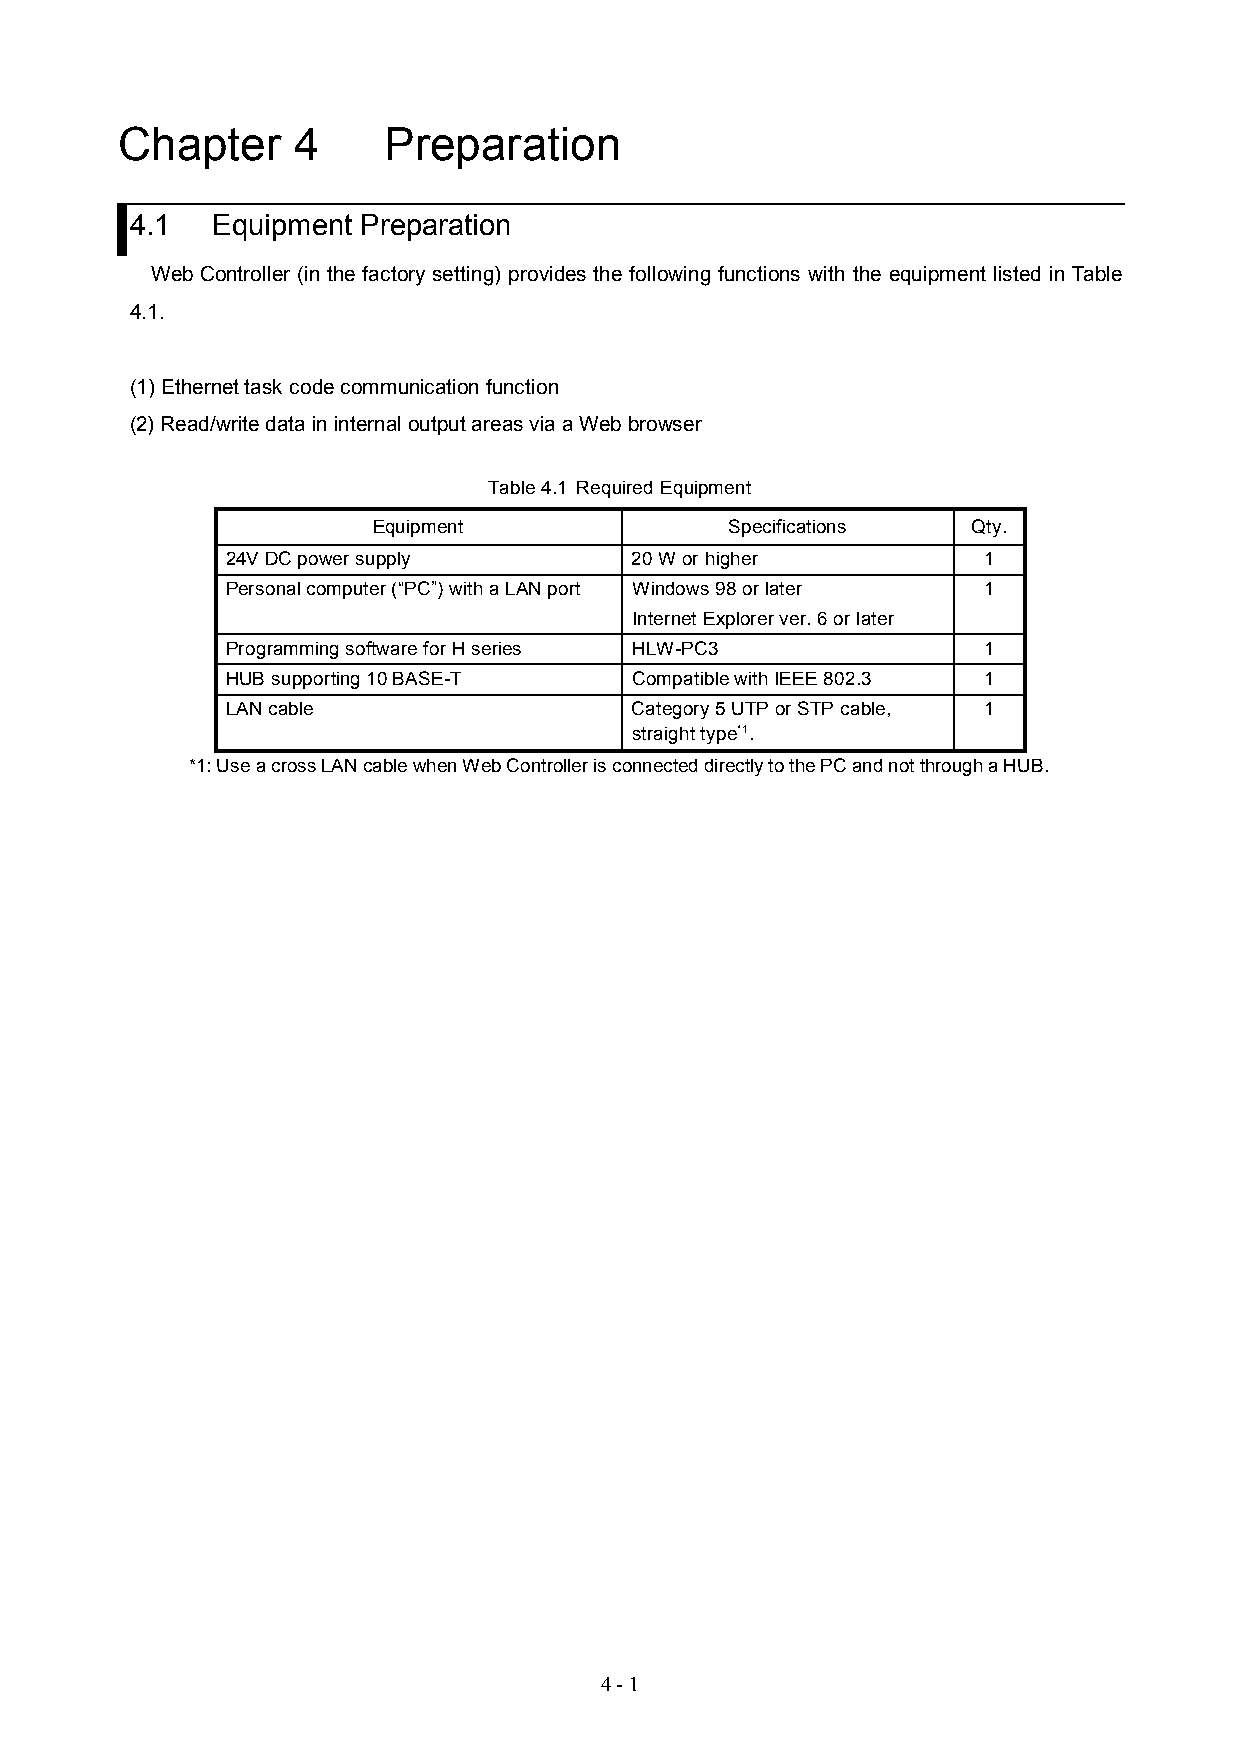
Chapter    4     Preparation
 4.1  Equipment Preparation
 Web Controller (in the factory setting) provides the following functions with the equipment listed in Table
 4.1.
 (1) Ethernet task code communication function
 (2) Read/write data in internal output areas via a Web browser
 Table 4.1 Required Equipment
 Equipment              Specifications  Qty.
 24V DC power supply        20 W or higher         1
 Personal computer (“PC”) with a LAN port Windows 98 or later 1
 Internet Explorer ver. 6 or later
 Programming software for H series HLW-PC3         1
 HUB supporting 10 BASE-T   Compatible with IEEE 802.3 1
 LAN cable                  Category 5 UTP or STP cable, 1
 straight type*1.
 *1: Use a cross LAN cable when Web Controller is connected directly to the PC and not through a HUB.
 4 - 1